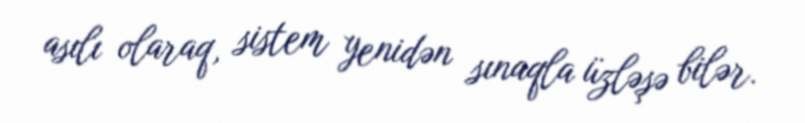
asılı olaraq, sistem yenidən sınaqla üzləşə bilər.